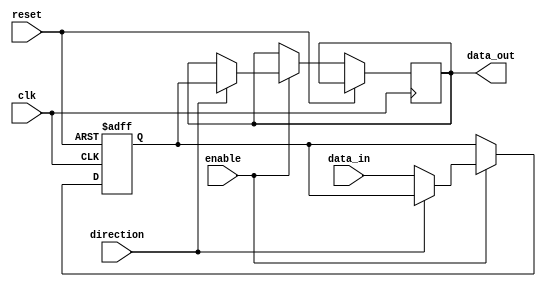
module io_buffer (
    input wire clk,
    input wire reset,
    input wire direction, // control signal for direction
    input wire enable, // control signal for enable/disable functionality
    input wire [1:0] data_in, // input data
    output wire [1:0] data_out // output data
);

reg [1:0] buffer_data;

always @(posedge clk or posedge reset) begin
    if (reset) begin
        buffer_data <= 2'b00; // initialize buffer_data to 0
    end else begin
        if (enable) begin // if enable is high
            if (direction) begin // if direction is high (output mode)
                data_out <= buffer_data; // output buffer_data
            end else begin // if direction is low (input mode)
                buffer_data <= data_in; // store input data in buffer_data
            end
        end
    end
end

endmodule